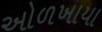
ઓળખાયા